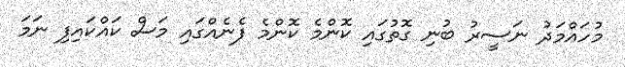
މުހައްމަދު ނަސީރު ބުނި ގޮތުގައި ކޮންމެ ކޮންމެ ފެނެއްގައި މަސް ކައްކައިފި ނަމަ